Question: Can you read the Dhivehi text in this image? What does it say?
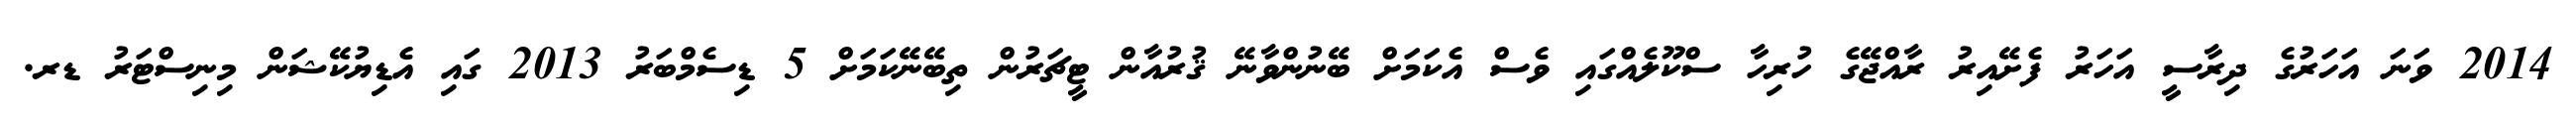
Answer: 2014 ވަނަ އަހަރުގެ ދިރާސީ އަހަރު ފެށޭއިރު ރާއްޖޭގެ ހުރިހާ ސްކޫލެއްގައި ވެސް އެކަމަށް ބޭނުންވާނޭ ޤުރުއާން ޓީޗަރުން ތިބޭނޭކަމަށް 5 ޑިސެމްބަރު 2013 ގައި އެޑިޔުކޭޝަން މިނިސްޓަރު ޑރ.